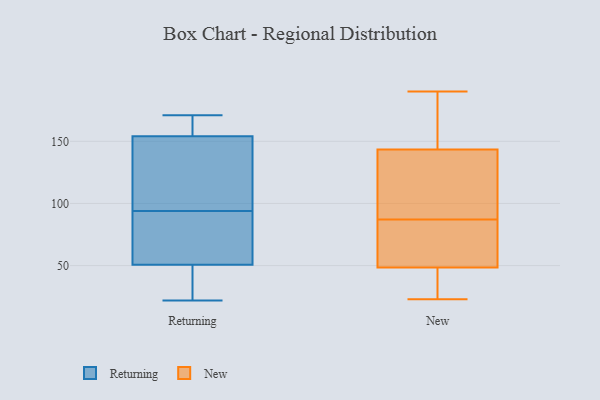
{"axis": {"x": "Waste Production (Tons)", "y": "Value"}, "legend": ["New", "Returning"], "data": [{"x": "", "y": 34, "type": "Returning"}, {"x": "", "y": 154, "type": "Returning"}, {"x": "", "y": 47, "type": "Returning"}, {"x": "", "y": 88, "type": "Returning"}, {"x": "", "y": 94, "type": "Returning"}, {"x": "", "y": 154, "type": "Returning"}, {"x": "", "y": 155, "type": "Returning"}, {"x": "", "y": 65, "type": "Returning"}, {"x": "", "y": 102, "type": "Returning"}, {"x": "", "y": 144, "type": "Returning"}, {"x": "", "y": 154, "type": "Returning"}, {"x": "", "y": 51, "type": "Returning"}, {"x": "", "y": 171, "type": "Returning"}, {"x": "", "y": 149, "type": "Returning"}, {"x": "", "y": 50, "type": "Returning"}, {"x": "", "y": 91, "type": "Returning"}, {"x": "", "y": 22, "type": "Returning"}, {"x": "", "y": 30, "type": "New"}, {"x": "", "y": 147, "type": "New"}, {"x": "", "y": 50, "type": "New"}, {"x": "", "y": 68, "type": "New"}, {"x": "", "y": 91, "type": "New"}, {"x": "", "y": 87, "type": "New"}, {"x": "", "y": 48, "type": "New"}, {"x": "", "y": 72, "type": "New"}, {"x": "", "y": 23, "type": "New"}, {"x": "", "y": 30, "type": "New"}, {"x": "", "y": 152, "type": "New"}, {"x": "", "y": 190, "type": "New"}, {"x": "", "y": 154, "type": "New"}, {"x": "", "y": 133, "type": "New"}, {"x": "", "y": 121, "type": "New"}]}